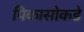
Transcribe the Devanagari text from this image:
पिकासोकडे